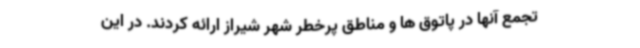
تجمع آنها در پاتوق ها و مناطق پرخطر شهر شیراز ارائه کردند. در این